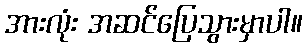
အားလုံး အဆင်ပြေသွားမှာပါ။